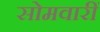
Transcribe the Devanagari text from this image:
सोमवारीं